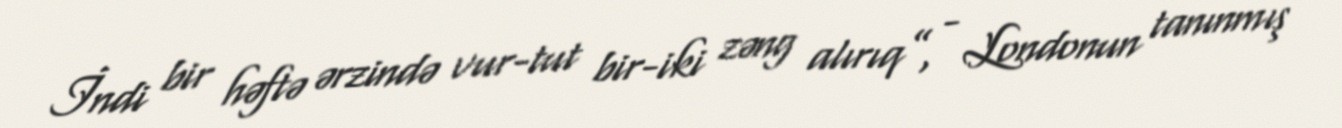
İndi bir həftə ərzində vur-tut bir-iki zəng alırıq”, - Londonun tanınmış